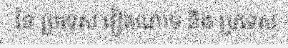
នៃ ប្រទេស វៀតណាម និង ប្រទេស